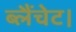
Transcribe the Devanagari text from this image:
ब्लैंचेट।